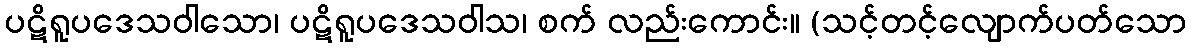
ပဋိရူပဒေသဝါသော၊ ပဋိရူပဒေသဝါသ၊ စက် လည်းကောင်း။ (သင့်တင့်လျောက်ပတ်သော